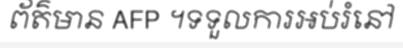
ព័ត៌មាន AFP ។ទទួលការអប់រំនៅ